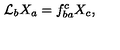
{ \cal L } _ { b } X _ { a } = f _ { b a } ^ { c } X _ { c } ,